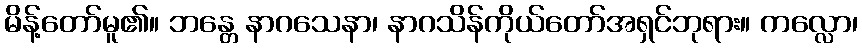
မိန့်တော်မူ၏။ ဘန္တေ နာဂသေနာ၊ နာဂသိန်ကိုယ်တော်အရှင်ဘုရား။ ကလ္လော၊